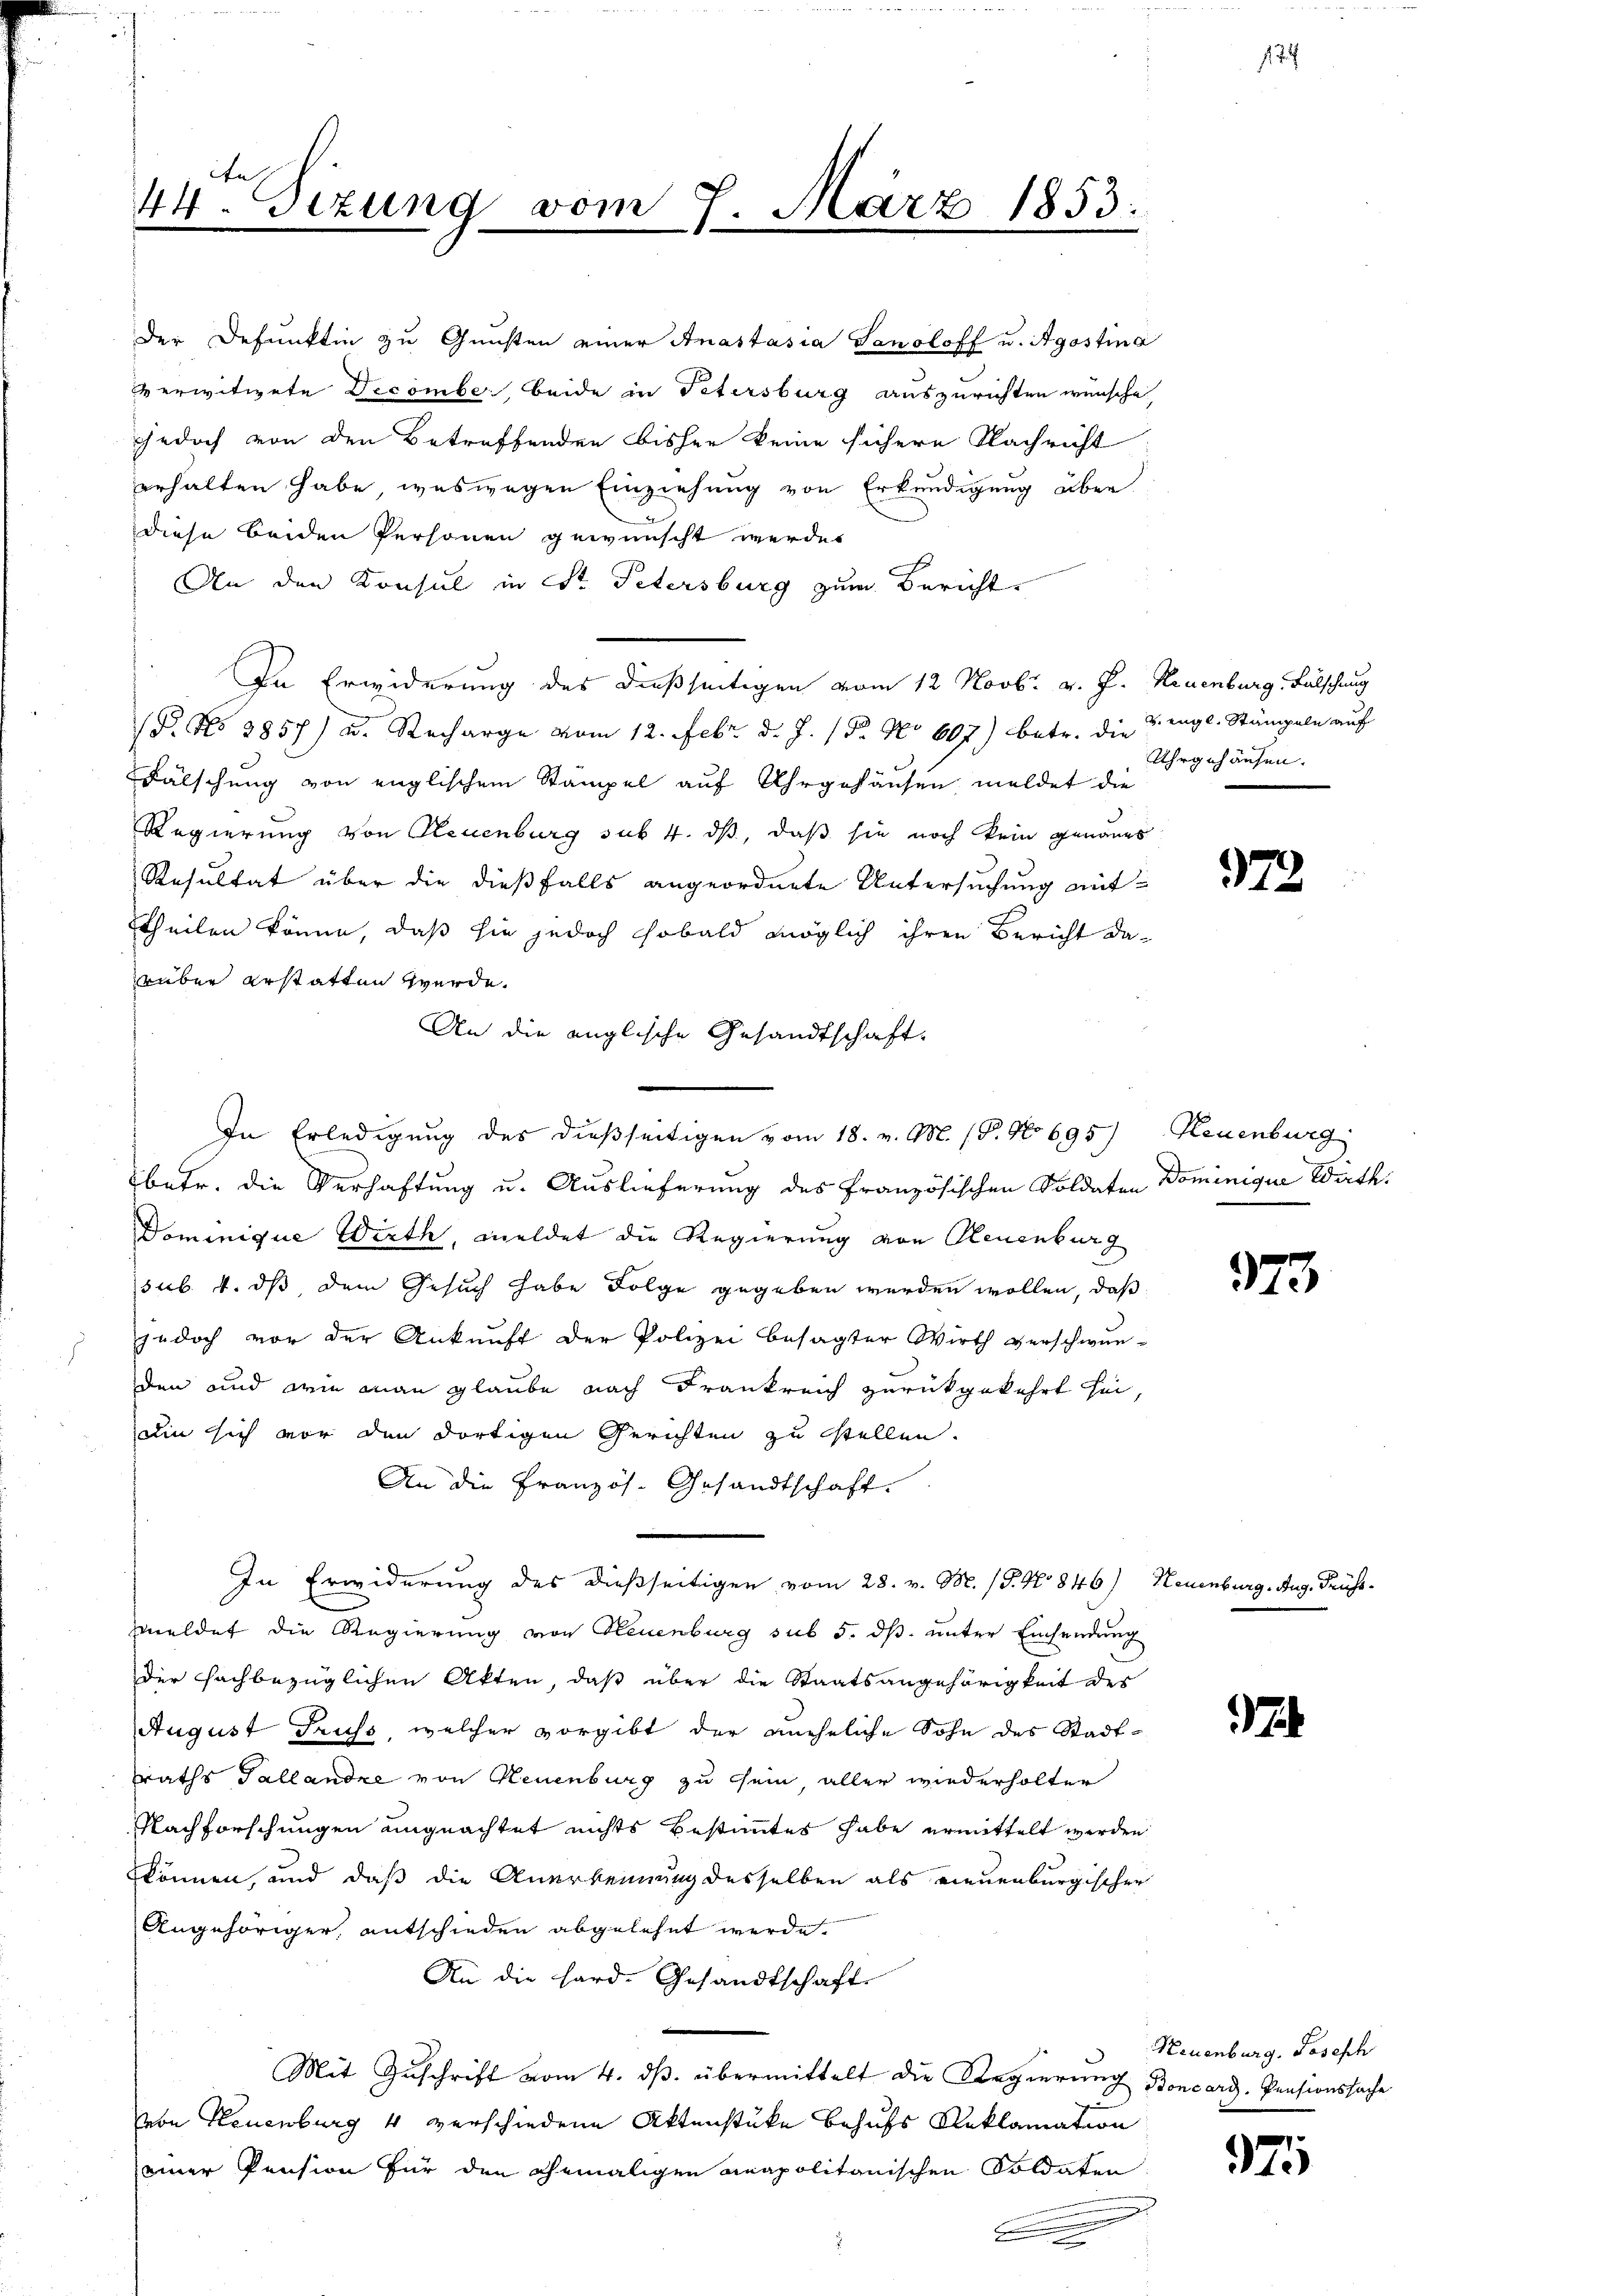
n
44. Sizung vom 7. März 1853.

der Defunktin zu Gunsten einer Anastasia Sanoloff u. Agostina
verwitwete Decombe, beide in Petersburg auszurichten wünsche,
jedoch von den Betreffenden bisher keine sichere Nachricht
erhalten habe, weswegen Einziehung von Erkundigung über
diese beiden Personen gewünscht werden
An den Konsul in St. Petersburg zum Bericht
In Erwiderung des dießseitigen vom 12 Novbr. v. J. Neuenburg, Fälschung
(P. No 2857) u. Recharge vom 12. Febr. d. J. P. No 607.) betr. die 3 engl. Stämpeln auf
Fälschung von englischen Stämpel auf Uhrgehäusen, meldet die
Regierung von Neuenburg sub 4. ds, daß sie noch kein genaues
Resultat über die dießfalls angeordnete Untersuchung mit¬
Theilen könne, daß sie jedoch sobald möglich ihren Bericht da-
rüber erstatten werde.
An die englische Gesandtschaft.
In Erledigung des dießseitigen vom 18. v. M. (P. No 695) Neuenburg
betr. die Verhaftung u. Auslieferung des Französischen Soldaten Dominique Wath:
Dominique Wirth, meldet die Regierung von Reuenburg
sub. 4. dß dem Gesuch habe Folge gegeben werden wollen, daß
jedoch vor der Ankunft der Polizei besagter Wirth verschwunden und wie man glaube nach Frankreich zurückgekehrt sei,
Die sich vor den dortigen Gerichten zu stellen.
An die Französ. Gesandtschaft.
In Erwiderung des dießseitigen vom 28. v. M. (T. No 846) Neuenburg. Aug. Frühsmeldet die Regierung von Neuenburg sub 5. ds. unter Einsendung
der fachbezüglichen Akten, daß über die Staatsangehörigkeit der
August Gruss, welcher vorgibt der uneheliche Sohn des Stadt-
raths Tallandre von Neuenburg zu sein, aller wiederholter
Nachforschungen ungeachtet nichts bestimmtes habe ermittelt werden
können, und daß die Anerkennung desselben als neuenburgischer
Angehöriger, entschieden abgelehnt werde.
An die Hard. Gesandtschaft
Mit Zuschrift vom 4. ds. übermittelt die Regierung Boncarg. Pensionssache
oe Neuenburg 4 verschiedene Aktenstüke behufs Reklamation
einer Pension für den Themaligen anapolitanischen Soldaten

.

Uhrgehäusen.

972

373

Neuenburg, Joseph

371